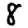
Digit: 8